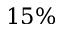
1 5 \%